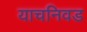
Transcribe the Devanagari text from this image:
याचनिवड